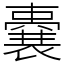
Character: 嚢